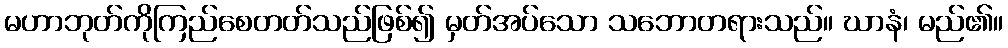
မဟာဘုတ်ကိုကြည်စေတတ်သည်ဖြစ်၍ မှတ်အပ်သော သဘောတရားသည်။ ဃာနံ၊ မည်၏။